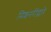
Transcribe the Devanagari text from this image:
मिशनरींद्वारे